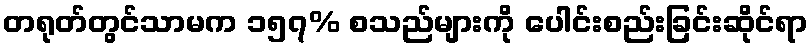
တရုတ်တွင်သာမက ၁၅၇% စသည်များကို ပေါင်းစည်းခြင်းဆိုင်ရာ